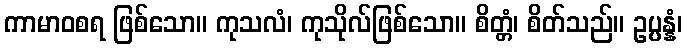
ကာမာဝစရ ဖြစ်သော။ ကုသလံ၊ ကုသိုလ်ဖြစ်သော။ စိတ္တံ၊ စိတ်သည်။ ဥပ္ပန္နံ၊